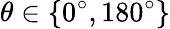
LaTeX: \theta\in\{ 0^{\circ},180^{\circ}\}